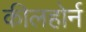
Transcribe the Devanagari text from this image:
कीलहोर्न